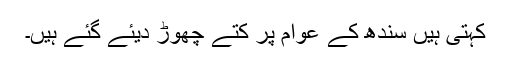
کہتی ہیں سندھ کے عوام پر کتے چھوڑ دیئے گئے ہیں۔